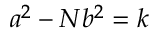
a ^ { 2 } - N b ^ { 2 } = k